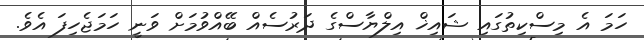
ހަމަ އެ މިސްކިތުގައި ޝައިޚް އިލްޔާސްގެ ދަރުސެއް ބޭއްވުމަށް ވަނީ ހަމަޖެހިފަ އެވެ.